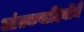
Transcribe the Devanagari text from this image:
आंतकवादियोंमैं